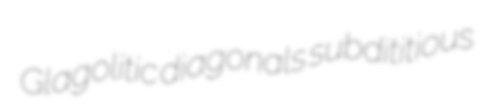
Glagolitic diagonals subdititious